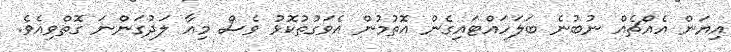
އިޔަން އެއްޗެއް ނުބުނެ ބަލަހައްޓައިގެން އޮތުމުން އެވަގުތުކޮޅު ވެސް މިއާ ލަދުގަންނަ ގޮތްވިއެވެ.